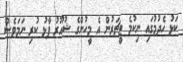
ކަޅު ހެދުމުގައި ނިކުމެ ޓީޗަރުން އެ މީހުންގެ ޝުއޫރު ފާޅު ކުރި ނަމަވެސް